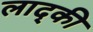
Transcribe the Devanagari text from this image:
लाद्की